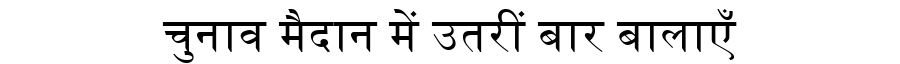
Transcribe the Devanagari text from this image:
चुनाव मैदान में उतरीं बार बालाएँ